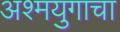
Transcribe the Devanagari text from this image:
अश्मयुगाचा